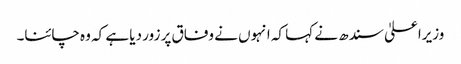
وزیراعلیٰ سندھ نے کہا کہ انہوں نے وفاق پر زور دیا ہے کہ وہ چائنا۔